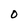
Character: O